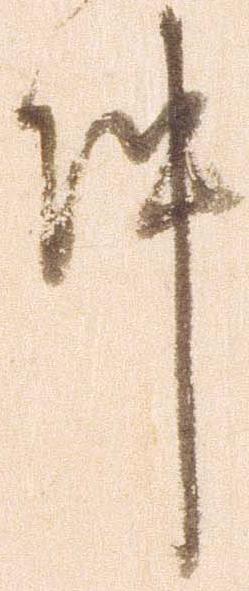
件